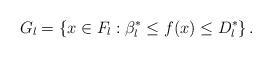
LaTeX: \begin{align*}G_{l}=\left\{ x\in F_{l}:\beta _{l}^{*}\leq f(x)\leq D_{l}^{*}\right\} .\end{align*}